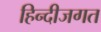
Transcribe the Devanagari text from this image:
हिन्दीजगत